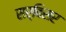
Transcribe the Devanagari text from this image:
सर्विसर